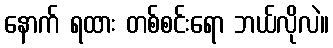
နောက် ရထား တစ်စင်းရော ဘယ်လိုလဲ။